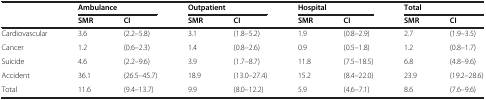
|  | <COLSPAN=2> Ambulance | <COLSPAN=2> Outpatient | <COLSPAN=2> Hospital | <COLSPAN=2> Total |
 |  | SMR | CI | SMR | CI | SMR | CI | SMR | CI |
 | --- | --- | --- | --- | --- | --- | --- | --- | --- |
 | Cardiovascular | 3.6 | (2.2–5.8) | 3.1 | (1.8–5.2) | 1.9 | (0.8–2.9) | 2.7 | (1.9–3.5) |
 | Cancer | 1.2 | (0.6–2.3) | 1.4 | (0.8–2.6) | 0.9 | (0.5–1.8) | 1.2 | (0.8–1.7) |
 | Suicide | 4.6 | (2.2–9.6) | 3.9 | (1.7–8.7) | 11.8 | (7.5–18.5) | 6.8 | (4.8–9.6) |
 | Accident | 36.1 | (26.5–45.7) | 18.9 | (13.0–27.4) | 15.2 | (8.4–22.0) | 23.9 | (19.2–28.6) |
 | Total | 11.6 | (9.4–13.7) | 9.9 | (8.0–12.2) | 5.9 | (4.6–7.1) | 8.6 | (7.6–9.6) |